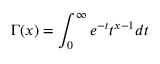
\Gamma ( x ) = \int _ { 0 } ^ { \infty } e ^ { - t } t ^ { x - 1 } d t